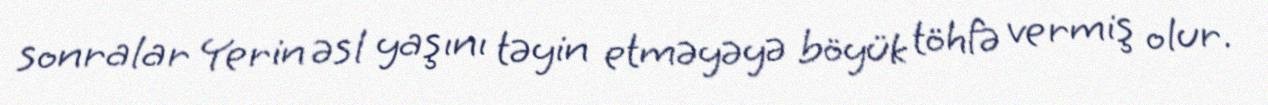
sonralar Yerin əsl yaşını təyin etməyəyə böyük töhfə vermiş olur.